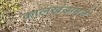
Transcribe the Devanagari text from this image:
कालखंडामुळे